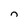
Character: n